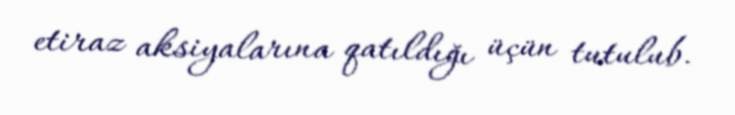
etiraz aksiyalarına qatıldığı üçün tutulub.